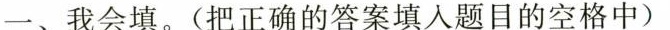
一、我会填。(把正确的答案填入题目的空格中)